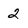
Character: 2